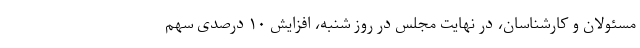
مسئولان و کارشناسان، در نهایت مجلس در روز شنبه، افزایش ۱۰ درصدی سهم